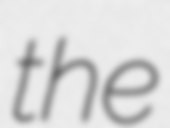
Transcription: the